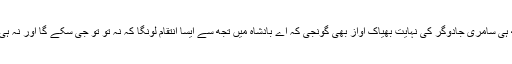
چیخ کے ساتھ ہی سامری جادوگر کی نہایت بھیاک آواز بھی گونجی کہ اے بادشاہ میں تجھ سے ایسا انتقام لونگا کہ نہ تو تو جی سکے گا اور نہ ہی مر سکے گا۔